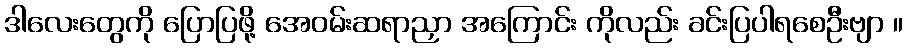
ဒါလေးတွေကို ပြောပြဖို့ အေဝမ်းဆရာညှာ အကြောင်း ကိုလည်း ခင်းပြပါရစေဦးဗျာ ။